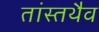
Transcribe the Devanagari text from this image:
तांस्तथैव